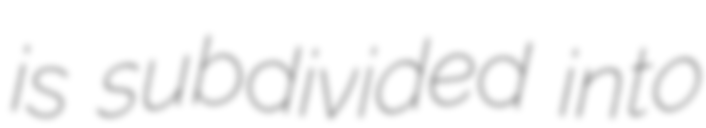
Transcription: is subdivided into